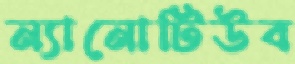
ন্যানোটিউব